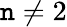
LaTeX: \mathtt{n}\neq2